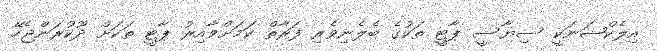
އިލެކްޝަނަކީ ސިޔާސީ ޕާޓީ ތަކުގެ ބެލެނިވެރި ފަރާތް ކަމަށްވާއިރު ޕާޓީ ތަކަށް ދޫކުރަންޖެހޭ